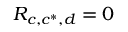
R _ { c , c ^ { * } , d } = 0